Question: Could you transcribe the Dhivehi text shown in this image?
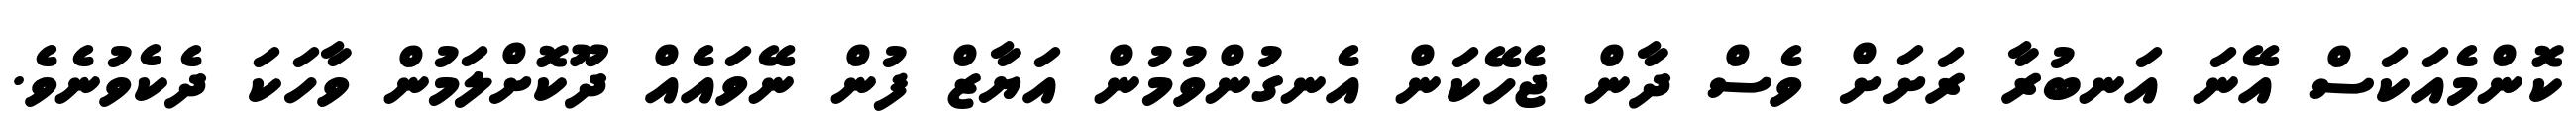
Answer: ކޮންމެއަކަސް އޭނަ އަނބުރާ ރަށަށް ވެސް ދާން ޖެހޭކަން އެނގުންވުމުން އަޔާޒް ފުން ނޭވައެއް ދޫކޮށްލަމުން ވާހަކަ ދެކެވުނެވެ.